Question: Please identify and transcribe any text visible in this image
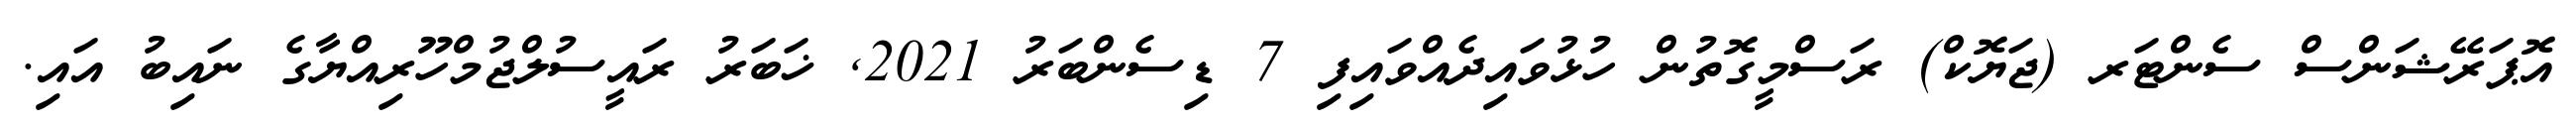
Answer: އޮޕަރޭޝަންސް ސެންޓަރ (ޖަޔޮކް) ރަސްމީގޮތުން ހުޅުވައިދެއްވައިފި 7 ޑިސެންބަރު 2021, ޚަބަރު ރައީސުލްޖުމްހޫރިއްޔާގެ ނައިބު އައި.